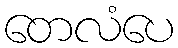
တေလံပေ